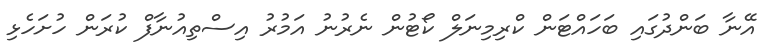
އޭނާ ބަންދުގައި ބަހައްޓަން ކްރިމިނަލް ކޯޓުން ނެރުނު އަމުރު އިސްތިއުނާފް ކުރަން ހުށަހެޅި